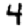
Digit: 4